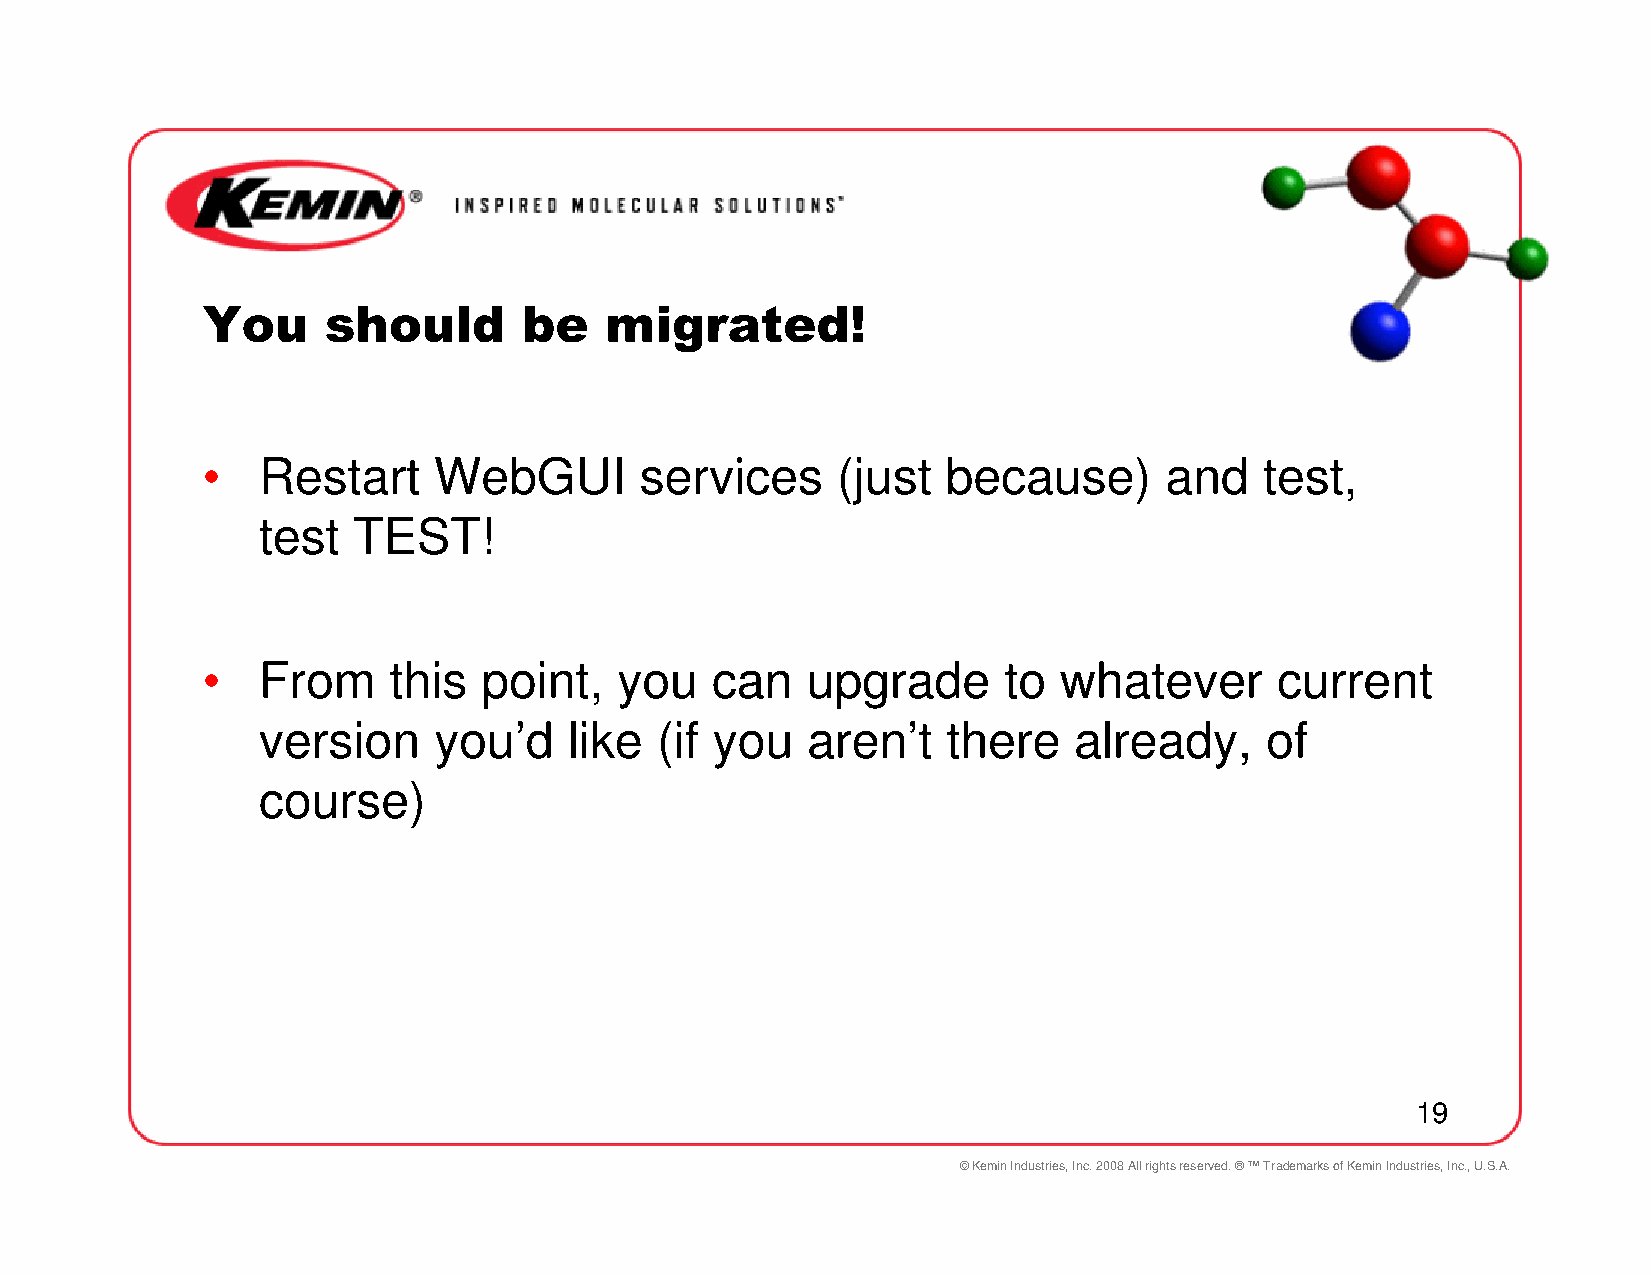
You     should        be   migrated!
 •   Restart     WebGUI       services     (just   because)      and    test,
 test  TEST!
 •   From     this  point,   you   can   upgrade      to  whatever      current
 version     you’d    like (if you   aren’t    there   already,     of
 course)
 19
 © Kemin Industries, Inc. 2008 All rights reserved. ® ™ Trademarks of Kemin Industries, Inc., U.S.A.